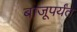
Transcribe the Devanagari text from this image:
बाजूपर्यंत